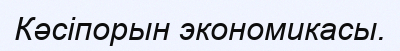
Кәсіпорын экономикасы.